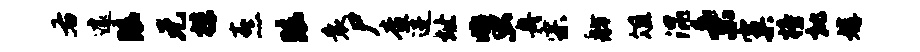
右遽眩元抹熹眩衰尸查进址蜚舟宗舫俎混秉窠榜批媾